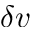
\delta v